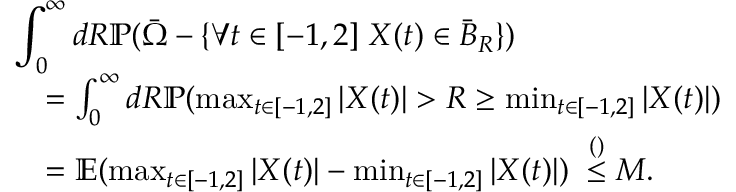
\begin{array} { r l } { \lefteqn { \int _ { 0 } ^ { \infty } d R \mathbb { P } ( \bar { \Omega } - \{ \forall t \in [ - 1 , 2 ] \; X ( t ) \in \bar { B } _ { R } \} ) } } \\ & { = \int _ { 0 } ^ { \infty } d R \mathbb { P } ( \operatorname* { m a x } _ { t \in [ - 1 , 2 ] } | X ( t ) | > R \ge \operatorname* { m i n } _ { t \in [ - 1 , 2 ] } | X ( t ) | ) } \\ & { = \mathbb { E } ( \operatorname* { m a x } _ { t \in [ - 1 , 2 ] } | X ( t ) | - \operatorname* { m i n } _ { t \in [ - 1 , 2 ] } | X ( t ) | ) \; \stackrel { ( ) } { \le } M . } \end{array}